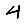
Digit: 4